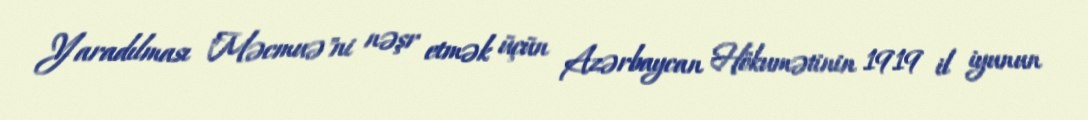
Yaradılması "Məcmuə"ni nəşr etmək üçün Azərbaycan Hökumətinin 1919 il iyunun